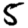
Digit: 5